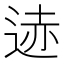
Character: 𫐨